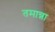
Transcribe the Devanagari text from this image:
तमान्ना